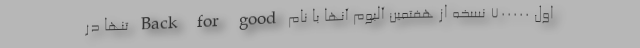
اول ۷۰۰۰۰۰ نسخه از هفتمین آلبوم آنها با نام Back for good تنها در